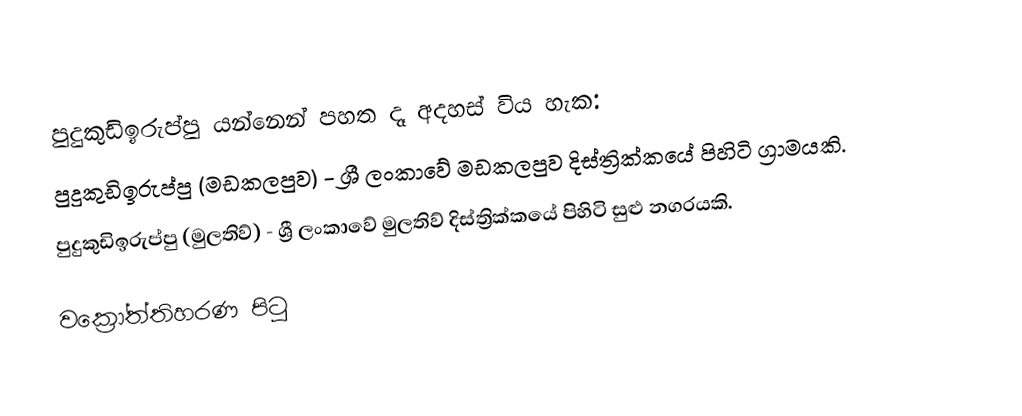
පුදුකුඩිඉරුප්පු යන්නෙන් පහත දෑ අදහස් විය හැක:
 පුදුකුඩිඉරුප්පු (මඩකලපුව) - ශ්‍රී ලංකාවේ මඩකලපුව දිස්ත්‍රික්කයේ පිහිටි ග්‍රාමයකි.
 පුදුකුඩිඉරුප්පු (මුලතිව්) - ශ්‍රී ලංකාවේ මුලතිව් දිස්ත්‍රික්කයේ පිහිටි සුළු නගරයකි.

වක්‍රෝත්තිහරණ පිටු